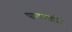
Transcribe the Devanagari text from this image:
पाळणाघरे